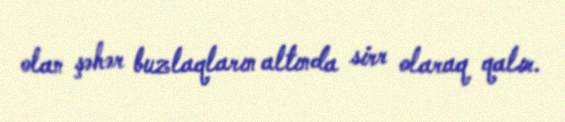
olan şəhər buzlaqların altında sirr olaraq qalır.